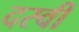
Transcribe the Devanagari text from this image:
दस्वीं